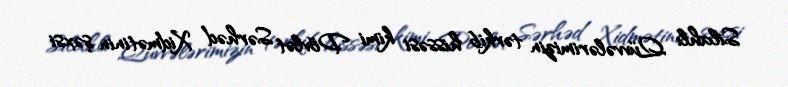
Silahlı Qüvvələrimizin tərkib hissəsi kimi Dövlət Sərhəd Xidmətinin şəxsi